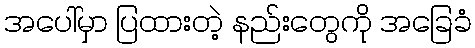
အပေါ်မှာ ပြထားတဲ့ နည်းတွေကို အခြေခံ